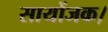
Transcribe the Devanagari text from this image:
सायोंजक।